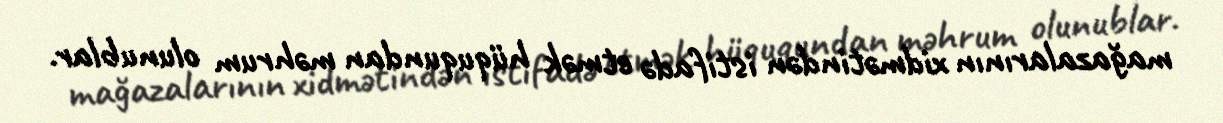
mağazalarının xidmətindən istifadə etmək hüququndan məhrum olunublar.